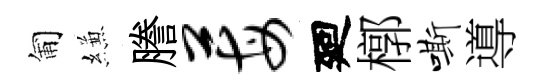
匍縑謄莓廻槨嘶導